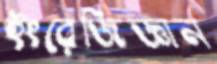
ইংরেজিজ্ঞান